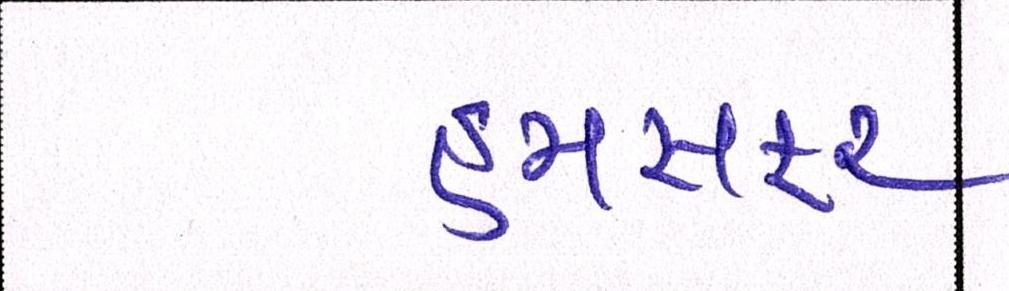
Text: હમસફર